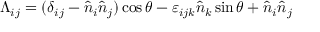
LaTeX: \Lambda _ { i j } = ( \delta _ { i j } - { \hat { n } } _ { i } { \hat { n } } _ { j } ) \cos \theta - \varepsilon _ { i j k } { \hat { n } } _ { k } \sin \theta + { \hat { n } } _ { i } { \hat { n } } _ { j }